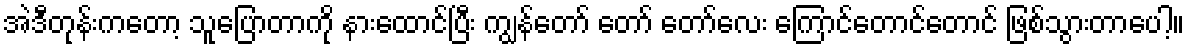
အဲဒီတုန်းကတော့ သူပြောတာကို နားထောင်ပြီး ကျွန်တော် တော် တော်လေး ကြောင်တောင်တောင် ဖြစ်သွားတာပေါ့။